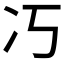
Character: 𭂆